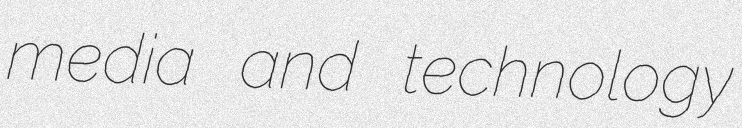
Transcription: media and technology